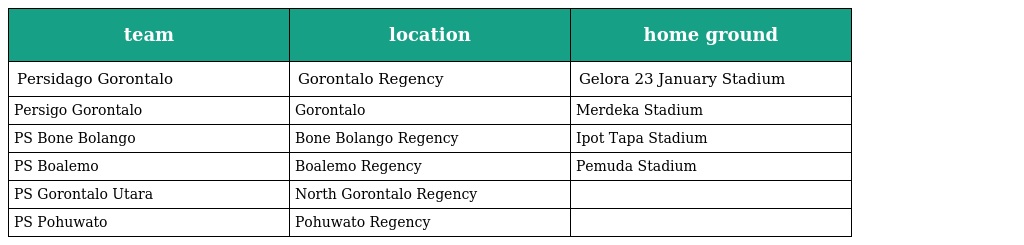
| team | location | home ground |
 | --- | --- | --- |
 | Persidago Gorontalo | Gorontalo Regency | Gelora 23 January Stadium |
 | Persigo Gorontalo | Gorontalo | Merdeka Stadium |
 | PS Bone Bolango | Bone Bolango Regency | Ipot Tapa Stadium |
 | PS Boalemo | Boalemo Regency | Pemuda Stadium |
 | PS Gorontalo Utara | North Gorontalo Regency |  |
 | PS Pohuwato | Pohuwato Regency |  |